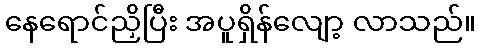
နေရောင်ညှိပြီး အပူရှိန်လျော့ လာသည်။